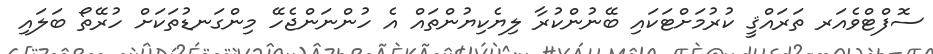
ސޮފްޓްވެއަރ ތަރައްޤީ ކުރުމަށްޓަކައި ބޭނުންކުރާ ލިޔެކިޔުންތައް އެ ހުންނަންޖެހޭ މިންގަނޑުތަކަށް ހުރޭތޯ ބަލައި